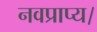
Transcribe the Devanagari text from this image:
नवप्राप्य।